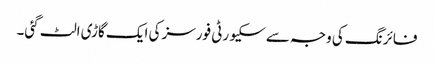
فائرنگ کی وجہ سے سکیورٹی فورسز کی ایک گاڑی الٹ گئی۔